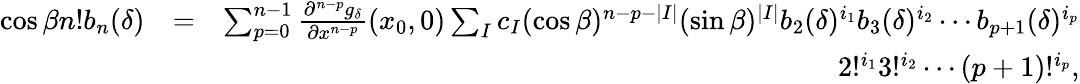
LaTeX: \begin{array}{rlr}{\cos\beta n!b_{n}(\delta)}&{=}&{\sum_{p=0}^{n-1}\frac{\partial^{n-p}g_{\delta}}{\partial x^{n-p}}(x_{0},0)\sum_{I}c_{I}(\cos\beta)^{n-p-|I|}(\sin\beta)^{|I|}b_{2}(\delta)^{i_{1}}b_{3}(\delta)^{i_{2}}\cdots b_{p+1}(\delta)^{i_{p}}}\\ &{}&{2!^{i_{1}}3!^{i_{2}}\cdots(p+1)!^{i_{p}},}\end{array}